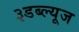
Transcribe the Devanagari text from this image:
३डब्ल्यूज